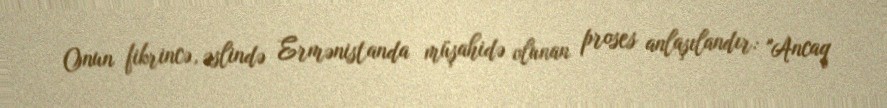
Onun fikrincə, əslində Ermənistanda müşahidə olunan proses anlaşılandır: "Ancaq